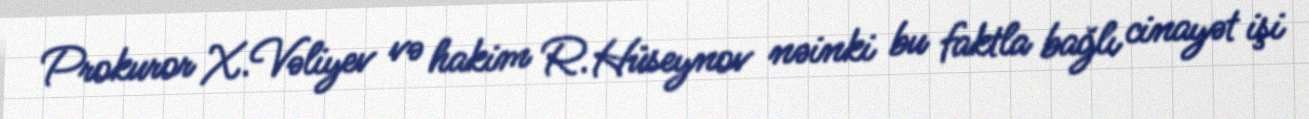
Prokuror X.Vəliyev və hakim R.Hüseynov nəinki bu faktla bağlı cinayət işi